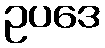
ဥပဒေ